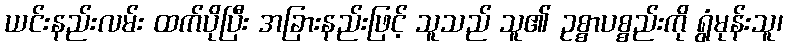
ယင်းနည်းလမ်း ထက်ပိုပြီး အခြားနည်းဖြင့် သူသည် သူ၏ ဥစ္စာပစ္စည်းကို ရွံမုန်းသူ၊